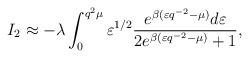
LaTeX: \begin{align*}I_{2}\approx -\lambda\int_{0}^{q^{2}\mu}\varepsilon^{1/2}\frac{e^{\beta(\varepsilon q^{-2}-\mu)}d\varepsilon}{2 e^{\beta(\varepsilon q^{-2}-\mu)}+1},\end{align*}